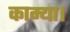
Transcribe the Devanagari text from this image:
काम्या।